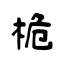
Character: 桅